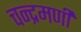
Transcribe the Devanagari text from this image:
चन्द्रमणी